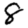
Digit: 8